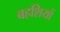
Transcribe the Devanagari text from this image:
बहशियों